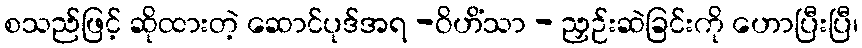
စသည်ဖြင့် ဆိုထားတဲ့ ဆောင်ပုဒ်အရ -ဝိဟိံသာ - ညှဉ်းဆဲခြင်းကို ဟောပြီးပြီ၊